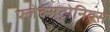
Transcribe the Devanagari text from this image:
फ्लेक्सट्रोनिक्स